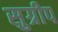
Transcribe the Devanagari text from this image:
सुग्रीप